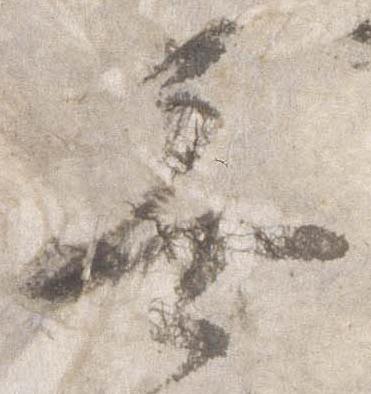
無